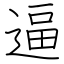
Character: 逼